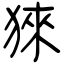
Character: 猍